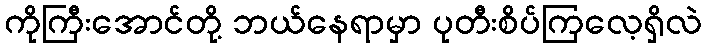
ကိုကြီးအောင်တို့ ဘယ်နေရာမှာ ပုတီးစိပ်ကြလေ့ရှိလဲ